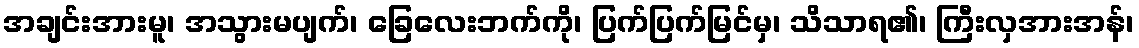
အချင်းအားမူ၊ အသွားမပျက်၊ ခြေလေးဘက်ကို၊ ပြက်ပြက်မြင်မှ၊ သိသာရ၏၊ ကြီးလှအားအန်၊